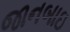
જાનબાઇ